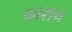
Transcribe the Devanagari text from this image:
छोरीय